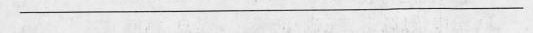
___